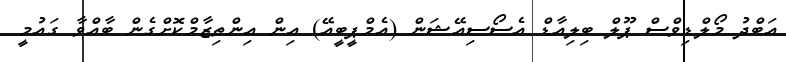
އަބްދު މޯލްޑިވްސް ޕޫލް ބިލިއާޑް އެސޯސިއޭޝަން (އެމްޕީބީއޭ) އިން އިންތިޒާމްކޮށްގެން ބާއްވާ ގައުމީ